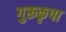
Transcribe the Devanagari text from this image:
गुरूकृपा